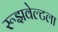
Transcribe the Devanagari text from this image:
रूझवेल्टला